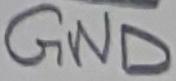
Text: GND